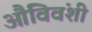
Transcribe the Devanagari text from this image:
औविवंशी